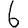
Digit: 6